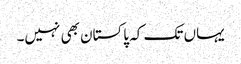
یہاں تک کہ پاکستان بھی نہیں۔